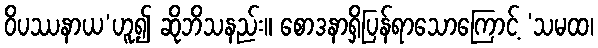
ဝိပဿနာယ’ဟူ၍ ဆိုဘိသနည်း။ စောဒနာရှိပြန်ရာသောကြောင့် ‘သမထ၊